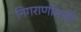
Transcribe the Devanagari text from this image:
निगराणीसाठी